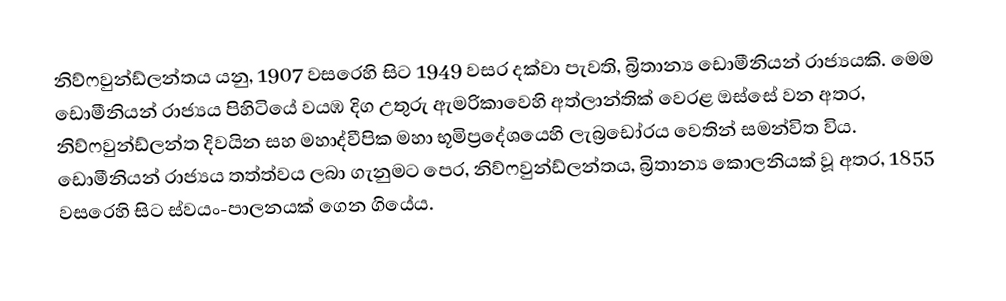
නිව්ෆවුන්ඩ්ලන්තය යනු,  1907 වසරෙහි සිට 1949 වසර දක්වා පැවති,  බ්‍රිතාන්‍ය ඩොමීනියන් රාජ්‍යයකි. මෙම  ඩොමීනියන් රාජ්‍යය පිහිටියේ වයඹ   දිග  උතුරු ඇමරිකාවෙහි අත්ලාන්තික් වෙරළ ඔස්සේ වන අතර,  නිව්ෆවුන්ඩ්ලන්ත දිවයින සහ  මහාද්වීපික මහා භූමිප්‍රදේශයෙහි ලැබ්‍රඩෝරය වෙතින් සමන්විත විය. ඩොමීනියන් රාජ්‍යය තත්ත්වය ලබා ගැනුමට පෙර, නිව්ෆවුන්ඩ්ලන්තය,  බ්‍රිතාන්‍ය කොලනියක් වූ අතර, 1855 වසරෙහි සිට ස්වයං-පාලනයක් ගෙන ගියේය.